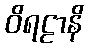
ဝိရဠာနိ